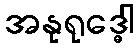
အနုရုဒ္ဓေါ